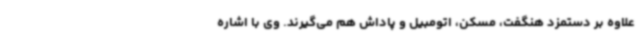
علاوه بر دستمزد هنگفت، مسکن، اتومبیل و پاداش هم می‌گیرند. وی با اشاره